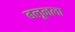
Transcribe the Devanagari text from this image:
बलूनला